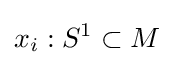
x_{i}:S^{1}\subset M